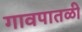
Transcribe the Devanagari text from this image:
गावपातळी